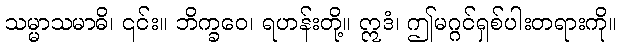
သမ္မာသမာဓိ၊ ၎င်း။ ဘိက္ခဝေ၊ ရဟန်းတို့။ ဣဒံ၊ ဤမဂ္ဂင်ရှစ်ပါးတရားကို။